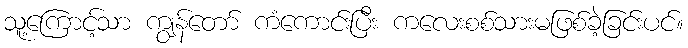
သူ့ကြောင့်သာ ကျွန်တော် ကံကောင်းပြီး ကလေးစစ်သားမဖြစ်ခဲ့ခြင်းပင်။